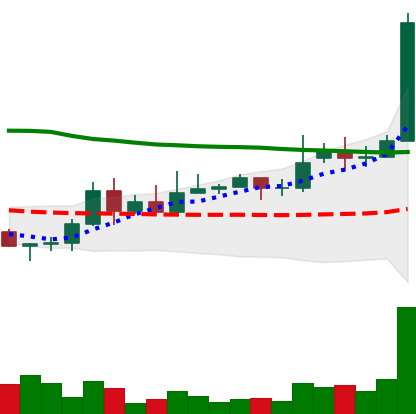
Ticker: DOGE-USD
Chart end date: 2020-11-21
Forward return: -7.328%
Label: down_7plus